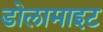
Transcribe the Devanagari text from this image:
डोलामाइट